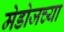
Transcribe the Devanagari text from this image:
मेडोजच्या